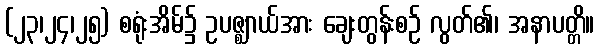
(၂၃၊၂၄၊၂၅) စရုံးအိမ်၌ ဥပဇ္ဈာယ်အား ချေးတွန်းစဉ် လွတ်၏၊ အနာပတ္တိ။